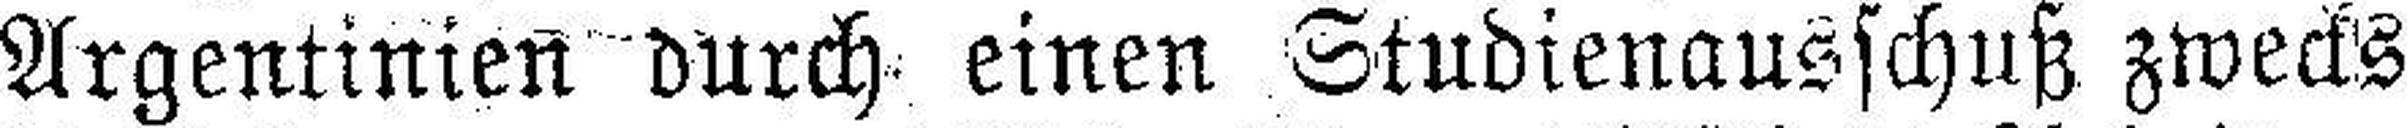
Argentinien durch einen Studienausschuß zwecks